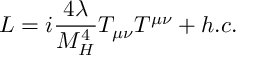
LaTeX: { \cal L } = i { \frac { 4 \lambda } { M _ { H } ^ { 4 } } } T _ { \mu \nu } T ^ { \mu \nu } + h . c .